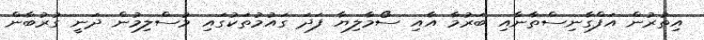
އިތުރުން އަފްގާނިސްތާނާއި ބަރުމާ އާއި ސޯމާލިޔާ ފަދަ ގައުމުތަކުގައި މުސްލިމުން ދަނީ ގުރުބާން